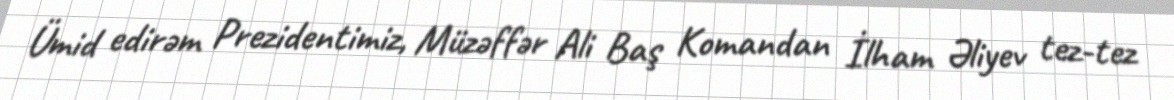
Ümid edirəm Prezidentimiz, Müzəffər Ali Baş Komandan İlham Əliyev tez-tez